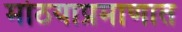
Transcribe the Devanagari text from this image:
मोठयाप्रमाणात